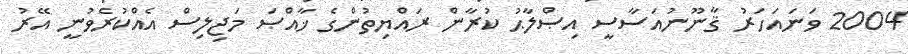
2004 ވަނައަހަރު ޤާނޫނުއަސާސީ އިޞްލާޙު ކުރާން ރައްޔިތުންގެ ޚާއްޞަ މަޖިލިސް އެއްކުރެވުނީ އޭރު